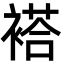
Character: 褡